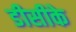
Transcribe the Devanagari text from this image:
डीसीके